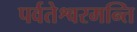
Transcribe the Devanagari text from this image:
पर्वतेश्वरमन्ति